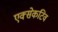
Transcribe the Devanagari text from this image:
एक्सेकटिव